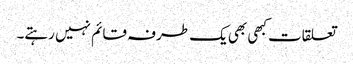
تعلقات کبھی بھی یک طرفہ قائم نہیں رہتے۔